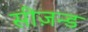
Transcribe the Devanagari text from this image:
सीज़न्ड